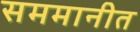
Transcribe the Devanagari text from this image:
सममानीत